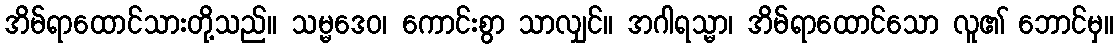
အိမ်ရာထောင်သားတို့သည်။ သမ္မဒေဝ၊ ကောင်းစွာ သာလျှင်။ အဂါရသ္မာ၊ အိမ်ရာထောင်သော လူ၏ ဘောင်မှ။